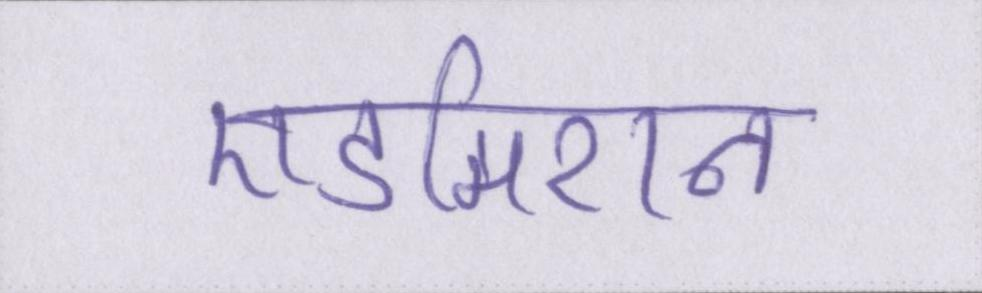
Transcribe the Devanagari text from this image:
एडमिशन